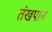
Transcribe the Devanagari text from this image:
तंखपान